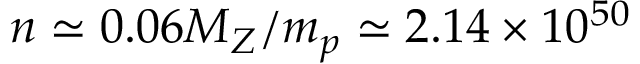
n \simeq 0 . 0 6 M _ { Z } / m _ { p } \simeq 2 . 1 4 \times 1 0 ^ { 5 0 }